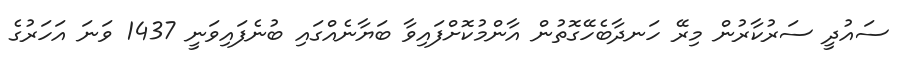
ސައުދީ ސަރުކާރުން މިރޭ ހަނދާބެހޭގޮތުން އާންމުކޮށްފައިވާ ބަޔާނެއްގައި ބުނެފައިވަނީ 1437 ވަނަ އަހަރުގެ